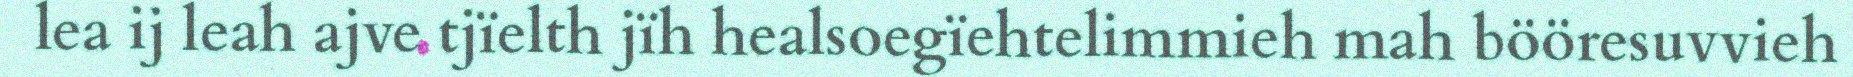
lea ij leah ajve tjïelth jïh healsoegïehtelimmieh mah bööresuvvieh